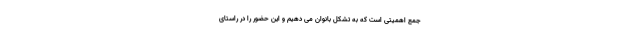
جمع اهمیتی است که به تشکل بانوان می دهیم و این حضور را در راستای